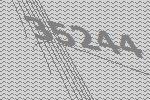
35244